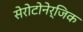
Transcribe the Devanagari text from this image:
सेरोटोनेर्जिक